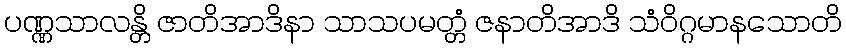
ပဏ္ဏသာလန္တိ ဇာတိအာဒိနာ သာသပမတ္တံ ဇနာတိအာဒိ သံဝိဂ္ဂမာနသောတိ